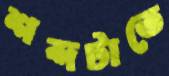
শব্দটাতে